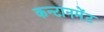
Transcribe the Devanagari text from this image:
कन्टानमेंट